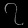
Digit: ၇